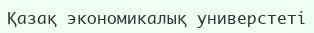
Қазақ экономикалық универстеті